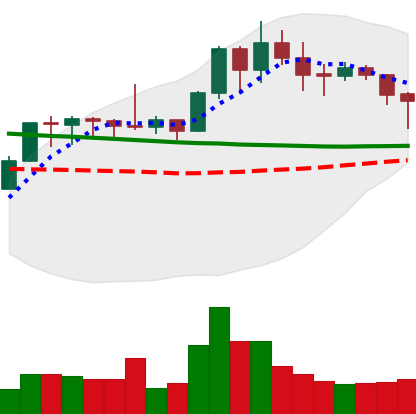
Ticker: XMR-USD
Chart end date: 2020-01-24
Forward return: 13.399%
Label: up_7plus